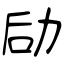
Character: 劶